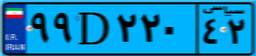
۹۹D۲۲۰۴۲